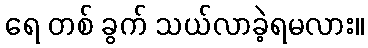
ရေ တစ် ခွက် သယ်လာခဲ့ရမလား။